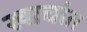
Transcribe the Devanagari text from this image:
खाचांत